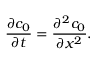
\frac { \partial c _ { 0 } } { \partial t } = \frac { \partial ^ { 2 } c _ { 0 } } { \partial x ^ { 2 } } .